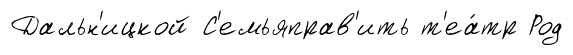
Дальн'ицкой С'емьяправ'ить т'еа́тр Род